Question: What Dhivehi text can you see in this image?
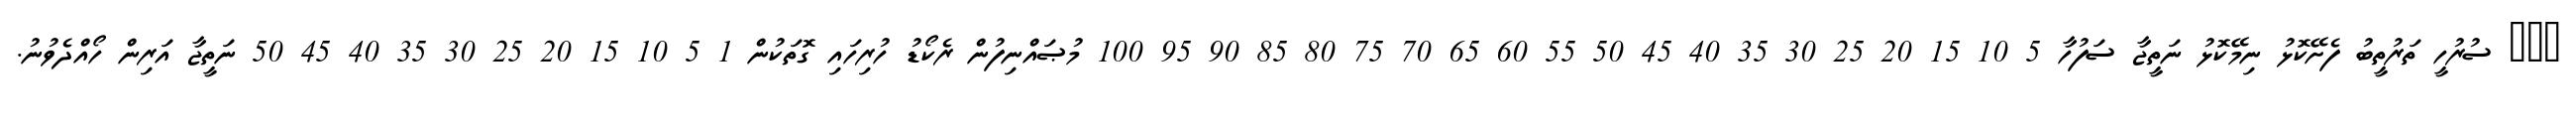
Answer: ??? ސުރުހީ ތަރުތީބު ފެށޭކޮޅު ނިމޭކޮޅު ނަތީޖާ ސަފުހާ 5 10 15 20 25 30 35 40 45 50 55 60 65 70 75 80 85 90 95 100 މުޞައްނިފުން ރެކޯޑު ހުރިހައި ގޮތަކުން 1 5 10 15 20 25 30 35 40 45 50 ނަތީޖާ އަރިން ހޯއްދެވުނު.